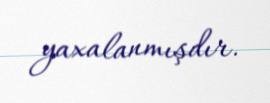
yaxalanmışdır.